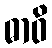
ဓာဝိ